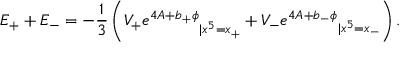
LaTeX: E _ { + } + E _ { - } = - \frac { 1 } { 3 } \left( { V _ { + } e ^ { 4 A + b _ { + } \phi } } _ { | x ^ { 5 } = x _ { + } } + { V _ { - } e ^ { 4 A + b _ { - } \phi } } _ { | x ^ { 5 } = x _ { - } } \right) .